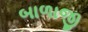
બાળાજી